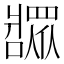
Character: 𬌎